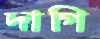
দাগি